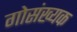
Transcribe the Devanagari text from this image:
गोसंख्यक